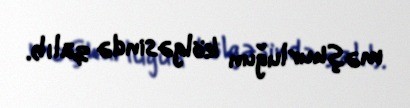
məşhurluğun kölgəsində qalıb.